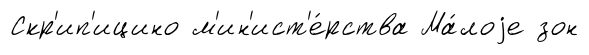
Скр'ип'ицино м'ин'ист'е́рства Ма́лоjе зон